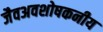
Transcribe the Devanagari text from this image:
जैवअवशोषकनीय